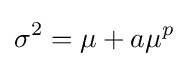
\sigma ^{2}=\mu +a\mu ^{p}